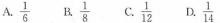
A.\frac{1}{6} B.\frac{1}{8} C.\frac{1}{12}